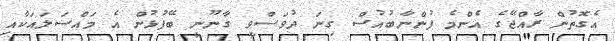
އެގޮތުން ރާއްޖޭގެ އެންމެ ފުންނާބުއުސް ގިނަ ދުވަސްވީ ގާނޫނީ ބޭފުޅުން އެ މައްސަލަައަކާއި